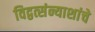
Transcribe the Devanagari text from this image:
विद्वत्संन्याशांचे